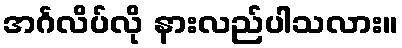
အင်္ဂလိပ်လို နားလည်ပါသလား။